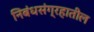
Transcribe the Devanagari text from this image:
निबंधसंग्रहातील